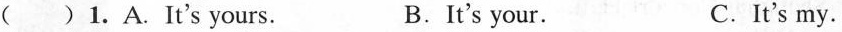
( ) 1.A.It's yours. B.It's your. C.It's my.